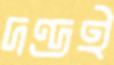
দণ্ডই